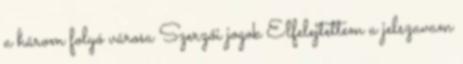
a három folyó városa Szerzői jogok Elfelejtettem a jelszavam